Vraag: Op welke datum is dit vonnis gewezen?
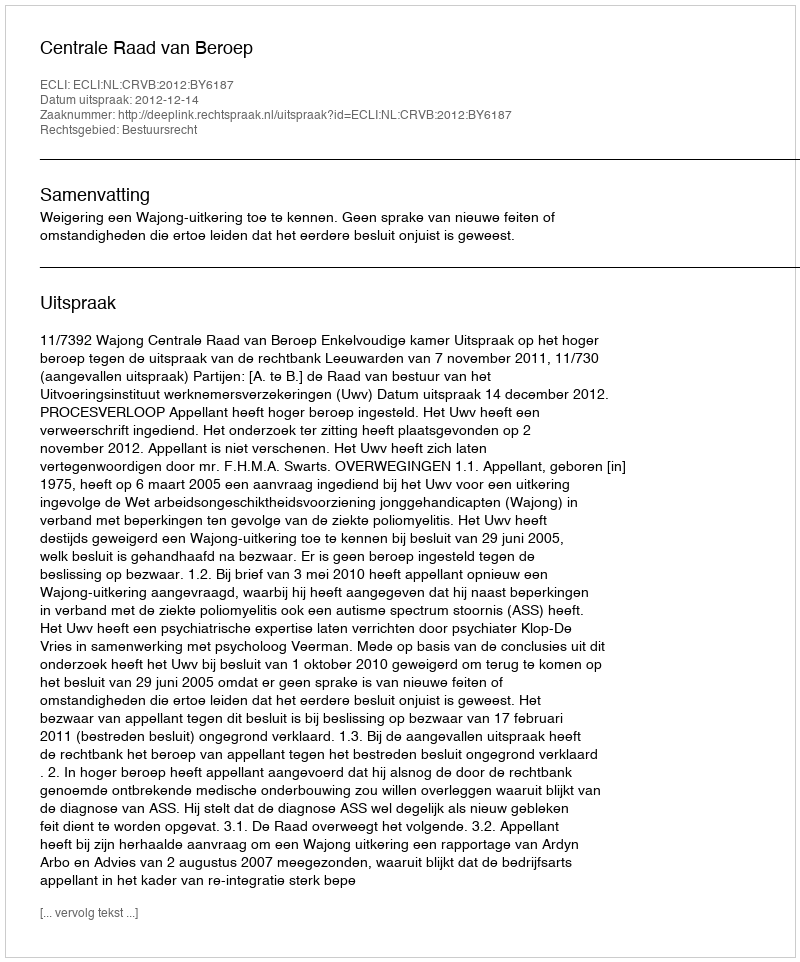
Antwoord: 2012-12-14